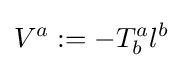
V^{a}:=-T_{b}^{a}l^{b}